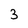
Character: 3